DOW-UAP-D49, Launch Summary, Vandenberg AFB, 2000
Agency: Department of War
Incident date: 2/3/00
Page 44
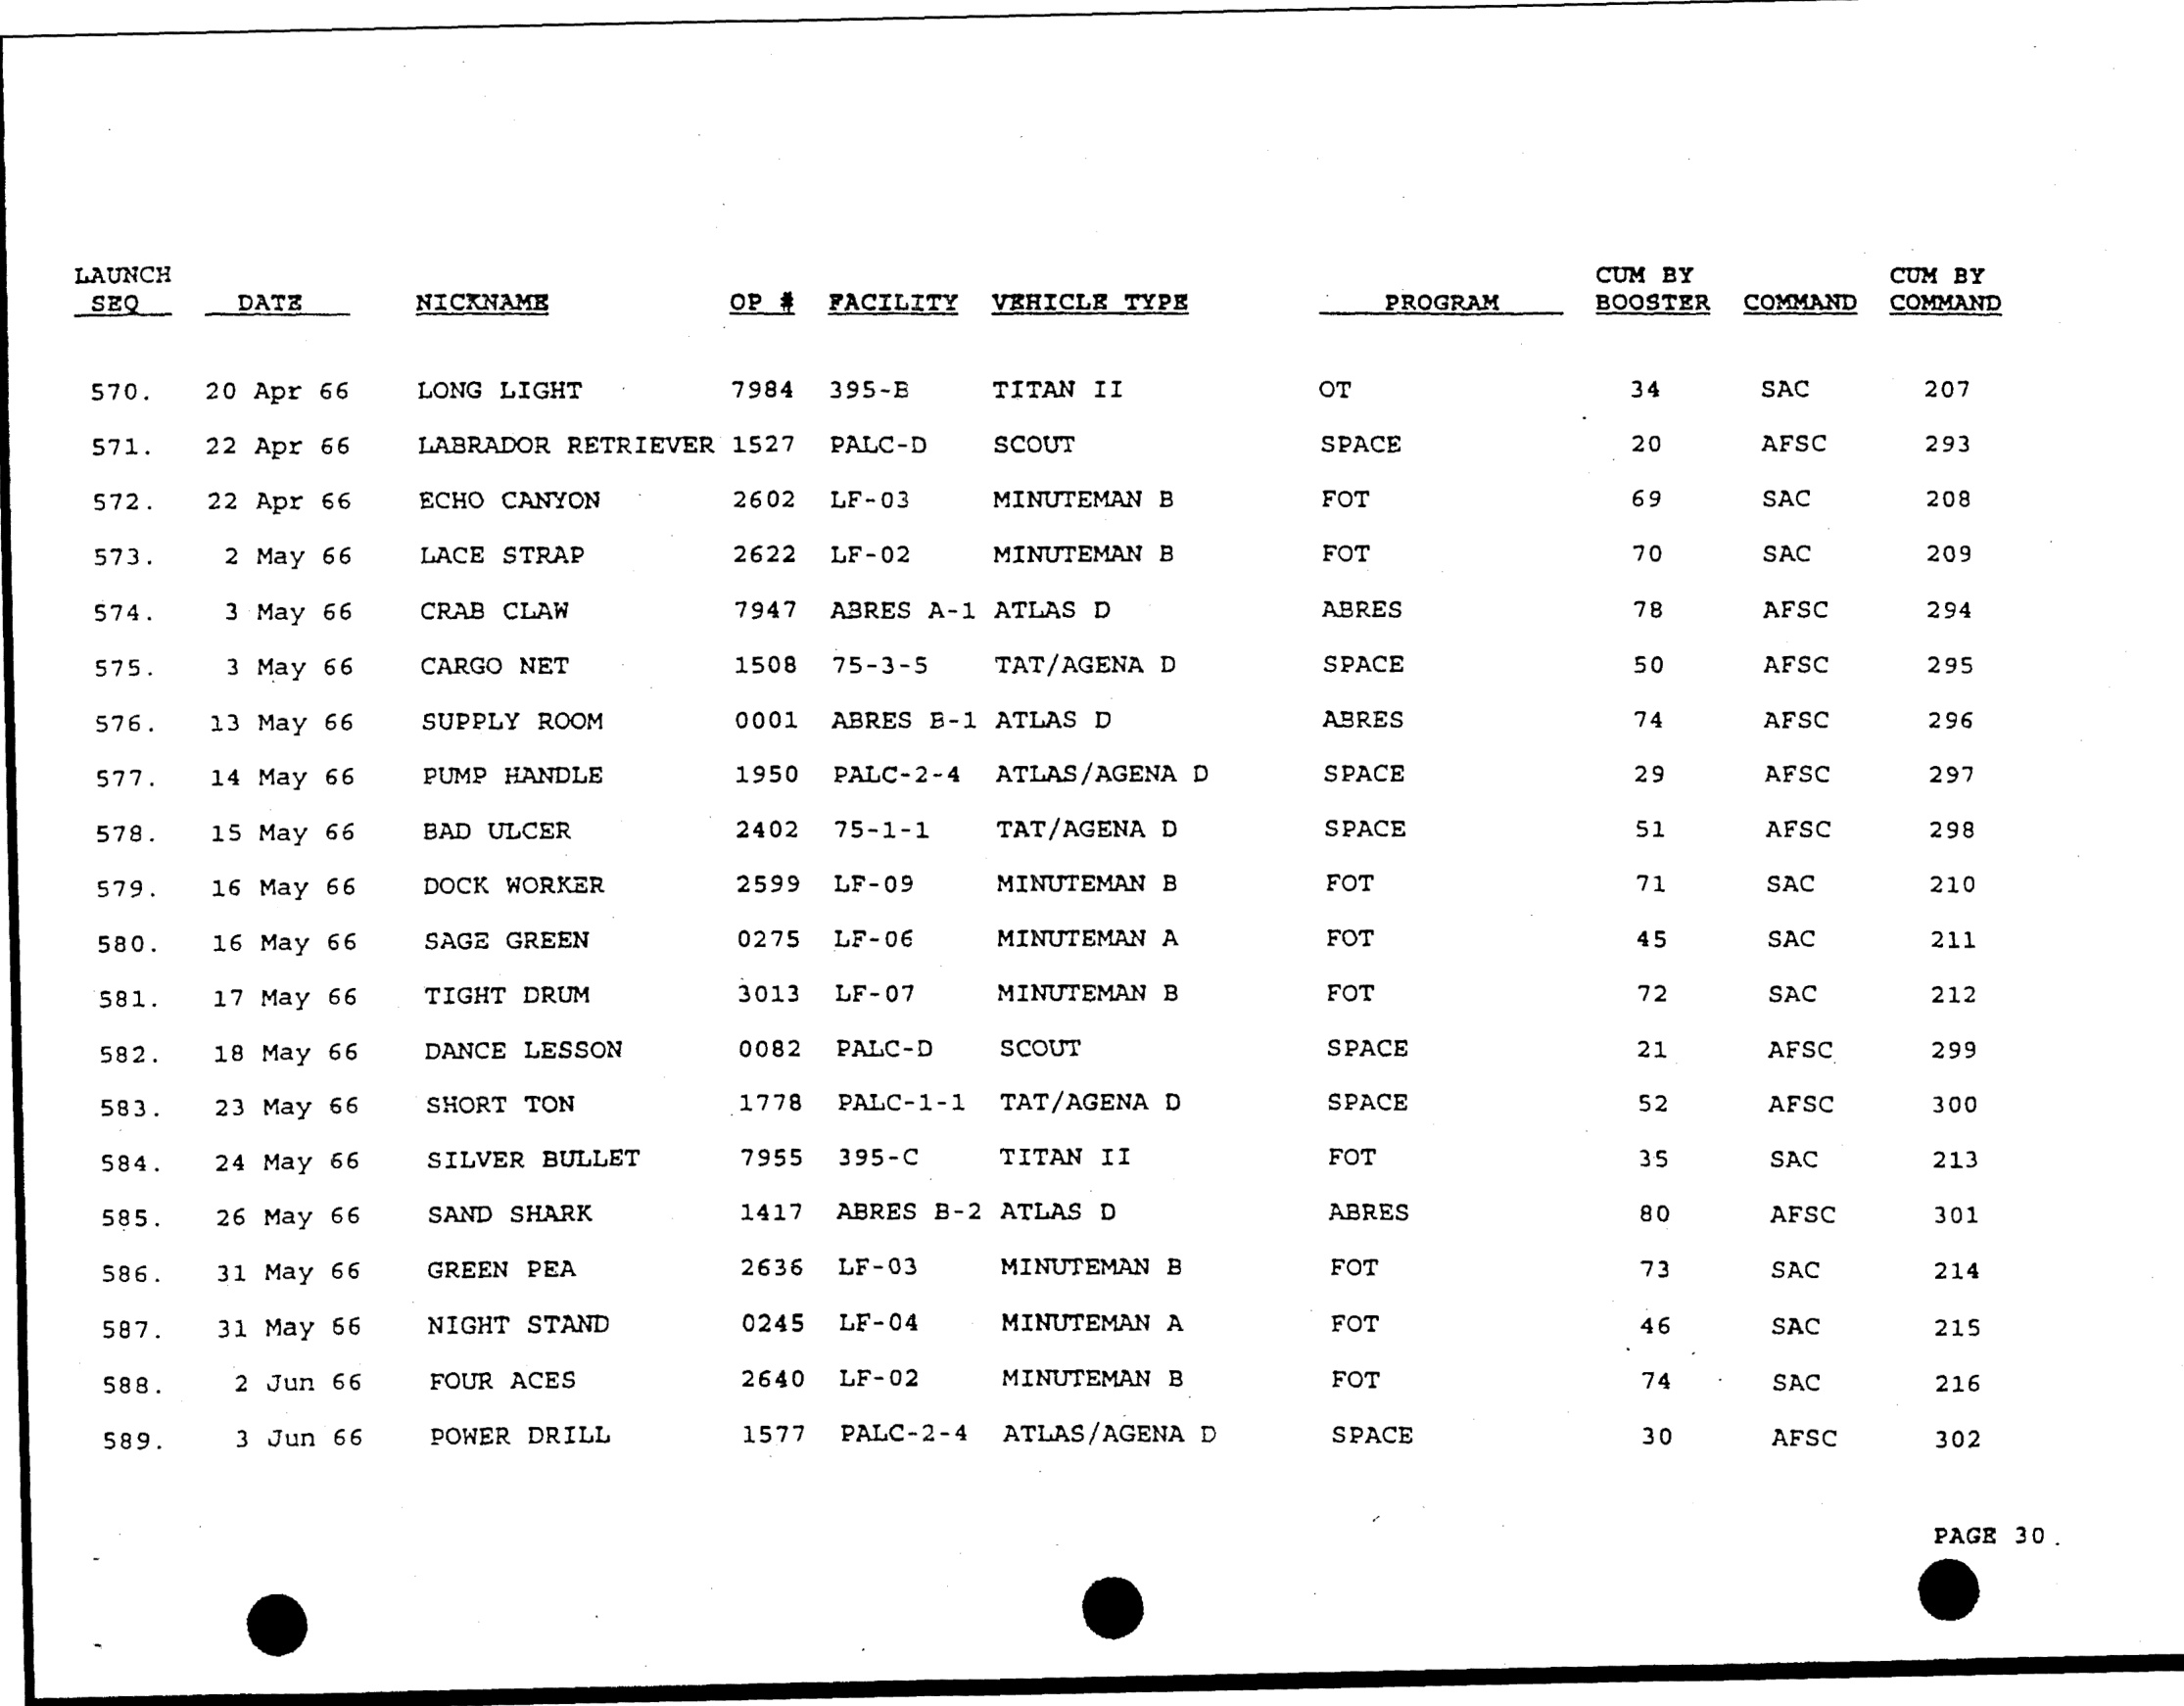